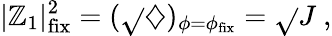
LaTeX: |\mathbb{Z}_{1}|_{\mathrm{{fix}}}^{2}=(\sqrt{}{{\diamondsuit}})_{\phi=\phi_{\mathrm{{fix}}}}=\sqrt{}{{J}}\ ,